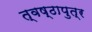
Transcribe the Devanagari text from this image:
त्वष्ठापुत्र